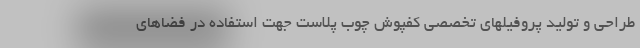
طراحی و تولید پروفیلهای تخصصی کفپوش چوب پلاست جهت استفاده در فضاهای